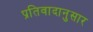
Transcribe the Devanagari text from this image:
प्रतिवादानुसार